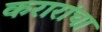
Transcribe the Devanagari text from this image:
करारांचा